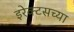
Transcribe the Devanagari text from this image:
इरेक्टसच्या